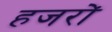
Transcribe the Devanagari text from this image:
हजरों